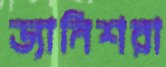
ড্যানিশরা